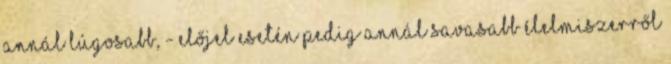
annál lúgosabb, - előjel esetén pedig annál savasabb élelmiszerről